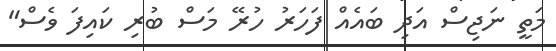
މަތީ ނަޖިސް އަދި ބައެއް ފަހަރު ހުރޭ މަސް ބުރި ކައިފަ ވެސް"